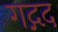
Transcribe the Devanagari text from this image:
गद्गद